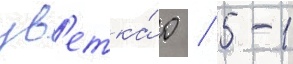
цв'етка́ 0 / 5-1